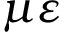
\mu \varepsilon